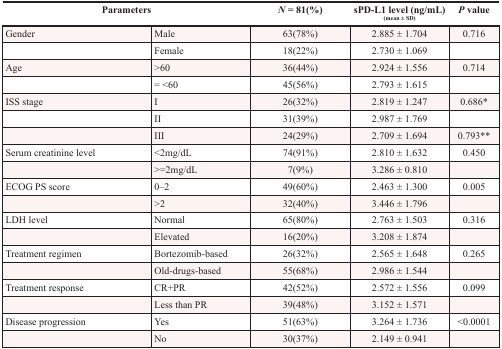
<table><thead><tr><td colspan="2"><b>Parameters</b></td><td><b><i>N</i> = 81(%)</b></td><td><b>sPD-L1 level (ng/mL)(mean ± SD)</b></td><td><b><i>P</i> value</b></td></tr></thead><tbody><tr><td>Gender</td><td>Male</td><td>63(78%)</td><td>2.885 ± 1.704</td><td>0.716</td></tr><tr><td></td><td>Female</td><td>18(22%)</td><td>2.730 ± 1.069</td><td></td></tr><tr><td>Age</td><td>&gt;60</td><td>36(44%)</td><td>2.924 ± 1.556</td><td>0.714</td></tr><tr><td></td><td>= &lt;60</td><td>45(56%)</td><td>2.793 ± 1.615</td><td></td></tr><tr><td>ISS stage</td><td>I</td><td>26(32%)</td><td>2.819 ± 1.247</td><td>0.686*</td></tr><tr><td></td><td>II</td><td>31(39%)</td><td>2.987 ± 1.769</td><td></td></tr><tr><td></td><td>III</td><td>24(29%)</td><td>2.709 ± 1.694</td><td>0.793**</td></tr><tr><td>Serum creatinine level</td><td>&lt;2mg/dL</td><td>74(91%)</td><td>2.810 ± 1.632</td><td>0.450</td></tr><tr><td></td><td>&gt;=2mg/dL</td><td>7(9%)</td><td>3.286 ± 0.810</td><td></td></tr><tr><td>ECOG PS score</td><td>0–2</td><td>49(60%)</td><td>2.463 ± 1.300</td><td>0.005</td></tr><tr><td></td><td>&gt;2</td><td>32(40%)</td><td>3.446 ± 1.796</td><td></td></tr><tr><td>LDH level</td><td>Normal</td><td>65(80%)</td><td>2.763 ± 1.503</td><td>0.316</td></tr><tr><td></td><td>Elevated</td><td>16(20%)</td><td>3.208 ± 1.874</td><td></td></tr><tr><td>Treatment regimen</td><td>Bortezomib-based</td><td>26(32%)</td><td>2.565 ± 1.648</td><td>0.265</td></tr><tr><td></td><td>Old-drugs-based</td><td>55(68%)</td><td>2.986 ± 1.544</td><td></td></tr><tr><td>Treatment response</td><td>CR+PR</td><td>42(52%)</td><td>2.572 ± 1.556</td><td>0.099</td></tr><tr><td></td><td>Less than PR</td><td>39(48%)</td><td>3.152 ± 1.571</td><td></td></tr><tr><td>Disease progression</td><td>Yes</td><td>51(63%)</td><td>3.264 ± 1.736</td><td>&lt;0.0001</td></tr><tr><td></td><td>No</td><td>30(37%)</td><td>2.149 ± 0.941</td><td></td></tr></tbody></table>